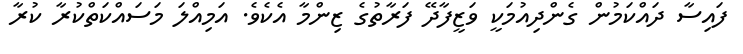
ފައިސާ ދައްކަމުން ގެންދިއުމަކީ ވަޒީފާދޭ ފަރާތުގެ ޒިންމާ އެކެވެ. އަމިއްލަ މަސައްކަތްކުރާ ކުރާ